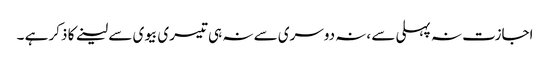
اجازت نہ پہلی سے ،نہ دوسری سے نہ ہی تیسری بیوی سے لینے کا ذکر ہے ۔